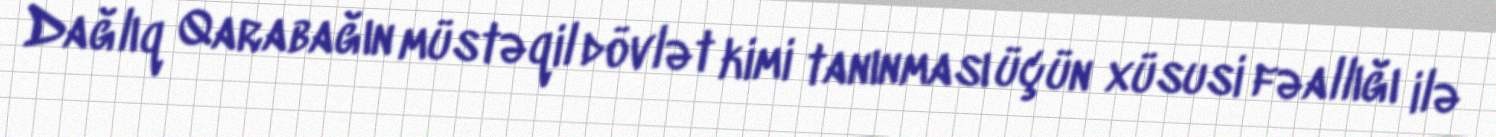
Dağlıq Qarabağın müstəqil dövlət kimi tanınması üçün xüsusi fəallığı ilə